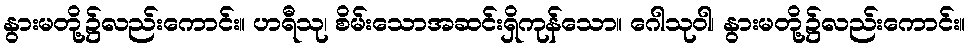
နွားမတို့၌လည်းကောင်း။ ဟရီသု၊ စိမ်းသောအဆင်းရှိကုန်သော။ ဂေါသုဝါ၊ နွားမတို့၌လည်းကောင်း။